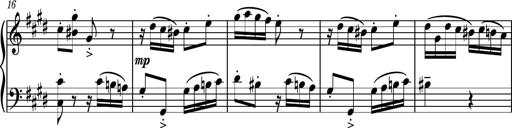
Title: Piano Sonatina No.7
Composer: Dimitri Sykias
Key: G major